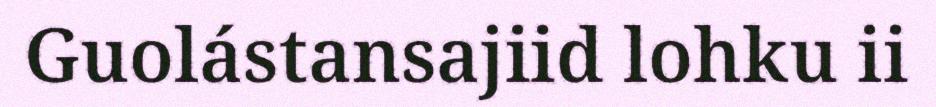
Guolástansajiid lohku ii